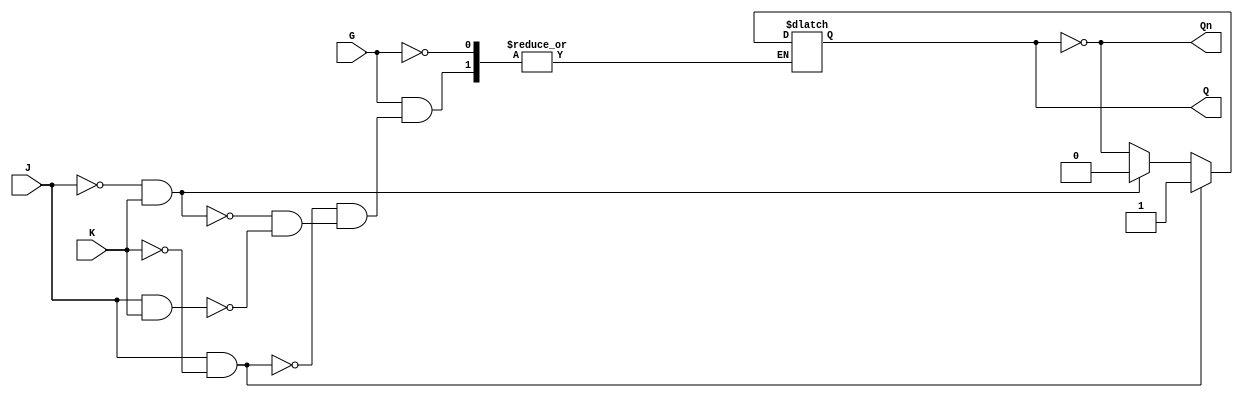
module GatedJKLatch (
    input wire J,       // Set input
    input wire K,       // Reset input
    input wire G,       // Enable input
    output reg Q,       // Output
    output wire Qn      // Complementary output
);

    assign Qn = ~Q; // Complementary output

    always @ (G or J or K or Q) begin
        if (G) begin
            // When G is high, respond to J and K
            if (J && ~K) begin
                Q <= 1'b1;  // Set
            end
            else if (~J && K) begin
                Q <= 1'b0;  // Reset
            end
            else if (J && K) begin
                Q <= ~Q;    // Toggle
            end
            // If J = 0 and K = 0, hold the current state (no change)
        end
        // If G is low, Q retains its current state
    end

endmodule